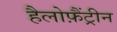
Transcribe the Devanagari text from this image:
हैलोफ़ैंट्रीन